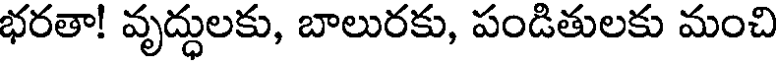
భరతా! వృద్ధులకు, బాలురకు, పండితులకు మంచి